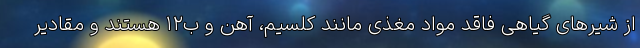
از شیر‌های گیاهی فاقد مواد مغذی مانند کلسیم، آهن و ب‌۱۲ هستند و مقادیر